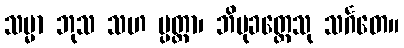
သမ္မာ ဘုသ သဟ ပ္ပတ္ထာ၊ ဘိမုခတ္ထေသု သင်္ဂတေ။